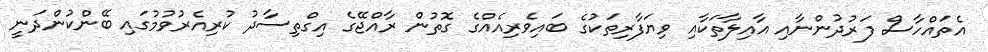
އެތައްހާސް ފަރުދުންނާއި އާއިލާތަކާއި ވިޔަފާރިތަކުގެ ބައިވެރިއެއްގެ ގޮތުން ރާއްޖޭގެ އިގްތިސާދު ކުރިއެރުވުމުގައި ބޭންކުންދަނީ